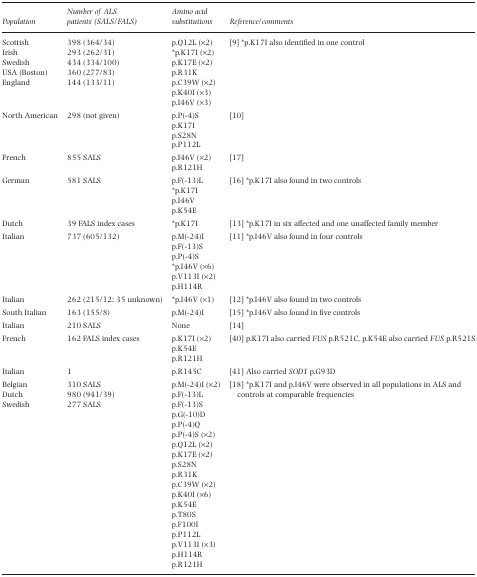
<table><thead><tr><td><b>Population</b></td><td><b>Number of ALS patients (SALS/FALS)</b></td><td><b>Amino acid substitutions</b></td><td><b>Reference/comments</b></td></tr></thead><tbody><tr><td>Scottish</td><td>398 (364/34)</td><td>p.Q12L (×2)</td><td>[9] *p.K17I also identified in one control</td></tr><tr><td>Irish</td><td>293 (262/31)</td><td>*p.K17I (×2)</td><td></td></tr><tr><td>Swedish</td><td>434 (334/100)</td><td>p.K17E (×2)</td><td></td></tr><tr><td>USA (Boston)</td><td>360 (277/83)</td><td>p.R31K</td><td></td></tr><tr><td>England</td><td>144 (133/11)</td><td>p.C39W (×2)</td><td></td></tr><tr><td></td><td></td><td>p.K40I (×3)</td><td></td></tr><tr><td></td><td></td><td>p.I46V (×3)</td><td></td></tr><tr><td>North American</td><td>298 (not given)</td><td>p.P(-4)S</td><td>[10]</td></tr><tr><td></td><td></td><td>p.K17I</td><td></td></tr><tr><td></td><td></td><td>p.S28N</td><td></td></tr><tr><td></td><td></td><td>p.P112L</td><td></td></tr><tr><td>French</td><td>855 SALS</td><td>p.I46V (×2)</td><td>[17]</td></tr><tr><td></td><td></td><td>p.R121H</td><td></td></tr><tr><td>German</td><td>581 SALS</td><td>p.F(-13)L</td><td>[16] *p.K17I also found in two controls</td></tr><tr><td></td><td></td><td>*p.K17I</td><td></td></tr><tr><td></td><td></td><td>p.I46V</td><td></td></tr><tr><td></td><td></td><td>p.K54E</td><td></td></tr><tr><td>Dutch</td><td>39 FALS index cases</td><td>*p.K17I</td><td>[13] *p.K17I in six affected and one unaffected family member</td></tr><tr><td>Italian</td><td>737 (605/132)</td><td>p.M(-24)I</td><td>[11] *p.I46V also found in four controls</td></tr><tr><td></td><td></td><td>p.F(-13)S</td><td></td></tr><tr><td></td><td></td><td>p.P(-4)S</td><td></td></tr><tr><td></td><td></td><td>*p.I46V (×6)</td><td></td></tr><tr><td></td><td></td><td>p.V113I (×2)</td><td></td></tr><tr><td></td><td></td><td>p.H114R</td><td></td></tr><tr><td>Italian</td><td>262 (215/12; 35 unknown)</td><td>*p.I46V (×1)</td><td>[12] *p.I46V also found in two controls</td></tr><tr><td>South Italian</td><td>163 (155/8)</td><td>p.M(-24)I</td><td>[15] *p.I46V also found in five controls</td></tr><tr><td>Italian</td><td>210 SALS</td><td>None</td><td>[14]</td></tr><tr><td>French</td><td>162 FALS index cases</td><td>p.K17I (×2)</td><td>[40] p.K17I also carried FUS p.R521C, p.K54E also carried FUS p.R521S</td></tr><tr><td></td><td></td><td>p.K54E</td><td></td></tr><tr><td></td><td></td><td>p.R121H</td><td></td></tr><tr><td>Italian</td><td>1</td><td>p.R145C</td><td>[41] Also carried SOD1 p.G93D</td></tr><tr><td>Belgian</td><td>310 SALS</td><td>p.M(-24)I (×2)</td><td>[18] *p.K17I and p.I46V were observed in all populations in ALS and</td></tr><tr><td>Dutch</td><td>980 (941/39)</td><td>p.F(-13)L</td><td>controls at comparable frequencies</td></tr><tr><td>Swedish</td><td>277 SALS</td><td>p.F(-13)S</td><td></td></tr><tr><td></td><td></td><td>p.G(-10)D</td><td></td></tr><tr><td></td><td></td><td>p.P(-4)Q</td><td></td></tr><tr><td></td><td></td><td>p.P(-4)S (×2)</td><td></td></tr><tr><td></td><td></td><td>p.Q12L (×2)</td><td></td></tr><tr><td></td><td></td><td>p.K17E (×2)</td><td></td></tr><tr><td></td><td></td><td>p.S28N</td><td></td></tr><tr><td></td><td></td><td>p.R31K</td><td></td></tr><tr><td></td><td></td><td>p.C39W (×2)</td><td></td></tr><tr><td></td><td></td><td>p.K40I (×6)</td><td></td></tr><tr><td></td><td></td><td>p.K54E</td><td></td></tr><tr><td></td><td></td><td>p.T80S</td><td></td></tr><tr><td></td><td></td><td>p.F100I</td><td></td></tr><tr><td></td><td></td><td>p.P112L</td><td></td></tr><tr><td></td><td></td><td>p.V113I (×3)</td><td></td></tr><tr><td></td><td></td><td>p.H114R</td><td></td></tr><tr><td></td><td></td><td>p.R121H</td><td></td></tr></tbody></table>